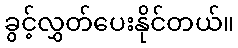
ခွင့်လွှတ်ပေးနိုင်တယ်။